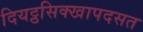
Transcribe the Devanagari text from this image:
दियट्ठसिक्खापदसत